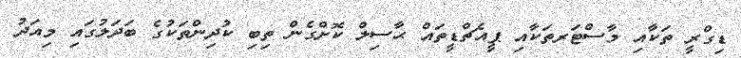
ޑިގްރީ ތަކާއި މާސްޓަރތަކާއި ޕީއެޗްޑީތައް ޙާސިލް ކޮށްގެން ތިބި ކުދިންތަކުގެ ބަދަލުގައި މިއަދު